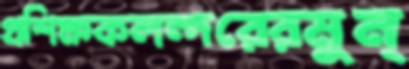
প্রশিক্ষকলন্দরেরমুন্